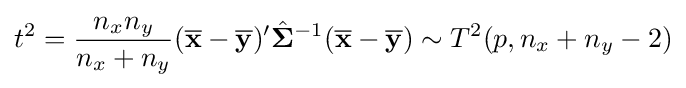
t^{2}={\frac {n_{x}n_{y}}{n_{x}+n_{y}}}({\overline {\mathbf {x} }}-{\overline {\mathbf {y} }})'{\hat {\mathbf {\Sigma } }}^{-1}({\overline {\mathbf {x} }}-{\overline {\mathbf {y} }})\sim T^{2}(p,n_{x}+n_{y}-2)